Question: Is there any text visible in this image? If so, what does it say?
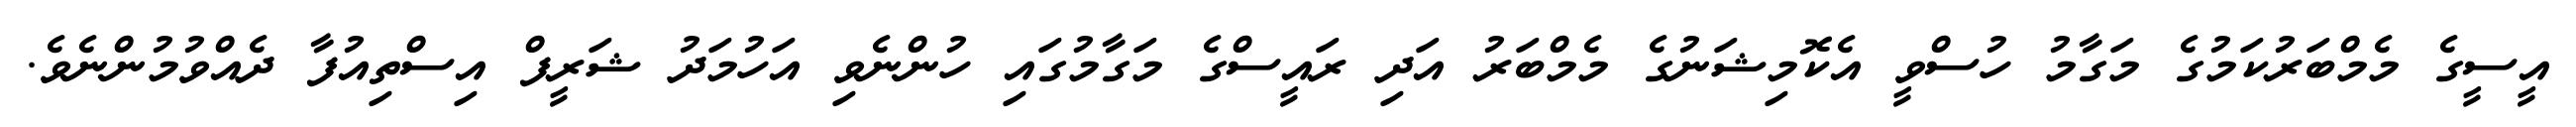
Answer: އީސީގެ މެމްބަރުކަމުގެ މަގާމު ހުސްވީ އެކޮމިޝަނުގެ މެމްބަރު އަދި ރައީސްގެ މަގާމުގައި ހުންނެވި އަހުމަދު ޝަރީފް އިސްތިއުފާ ދެއްވުމުންނެވެ.